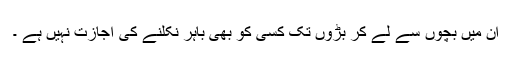
ان میں بچوں سے لے کر بڑوں تک کسی کو بھی باہر نکلنے کی اجازت نہیں ہے ۔